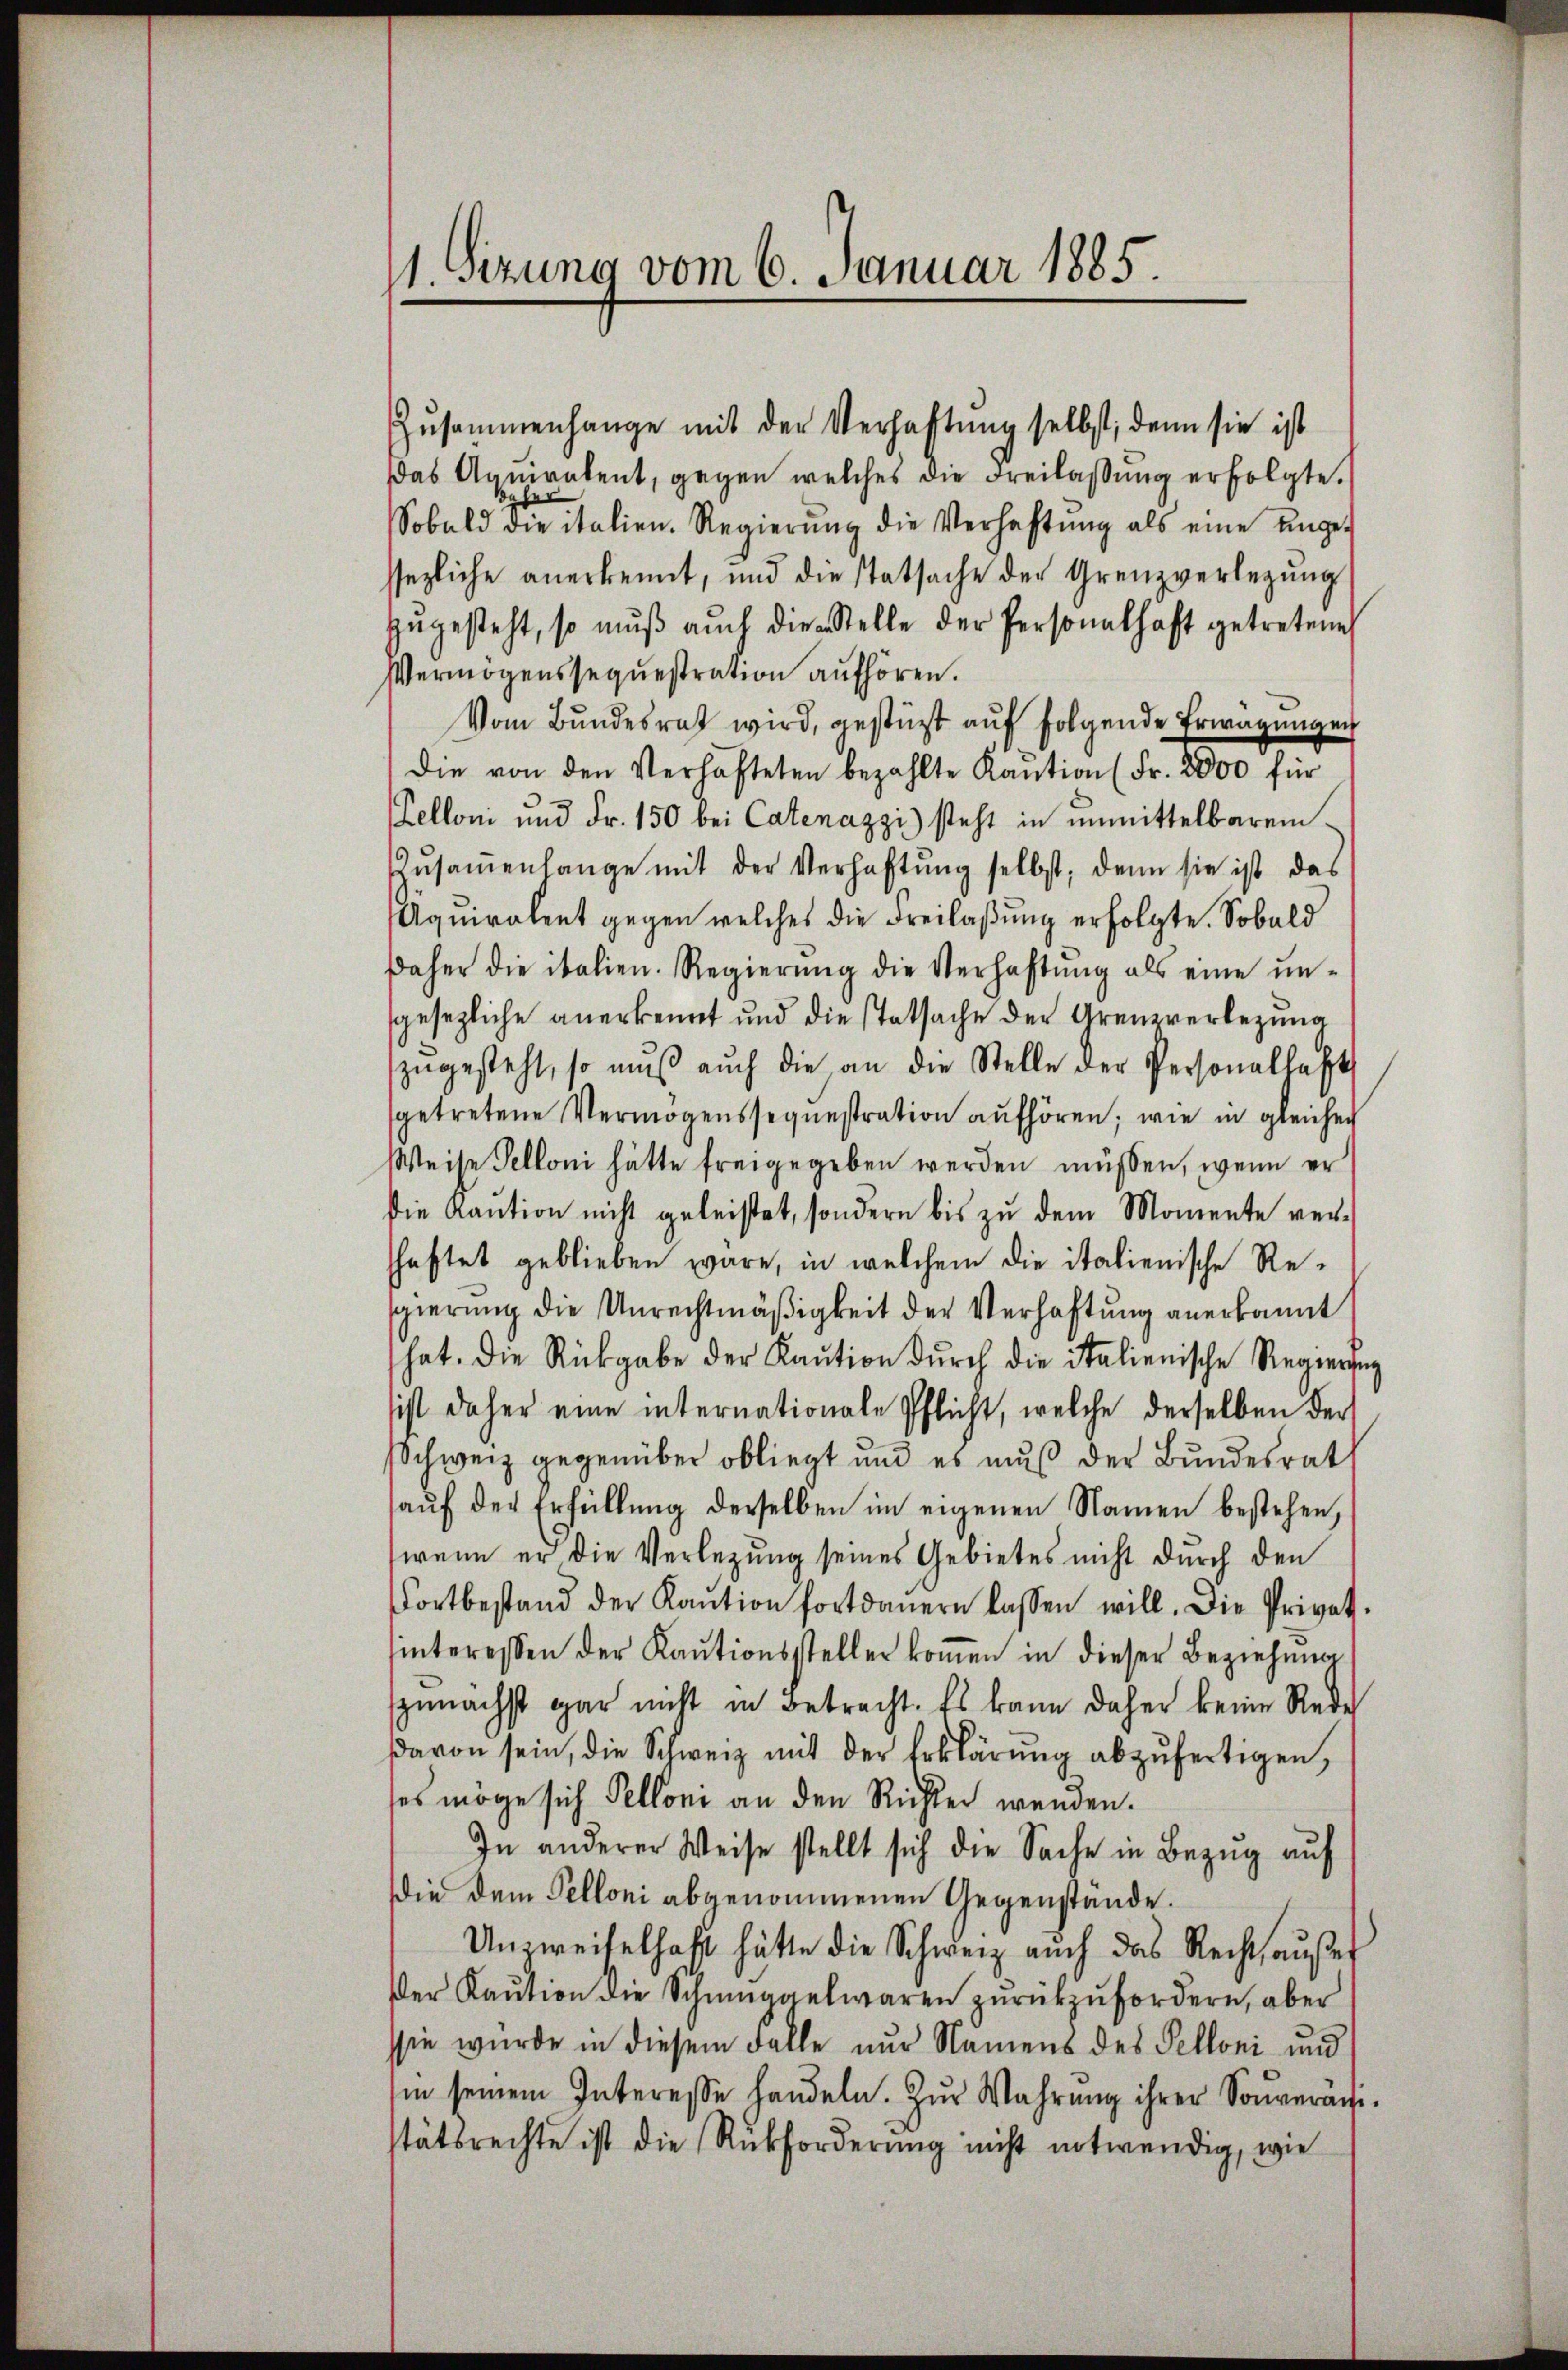
Zusammenhange mit der Verhaftung selbst, denn sie ist
Das Aqŭiratent, gegen welches die Freilassŭng erfolgte.
Sobald die italien. Regierŭng die Verhaftŭng als eine ange-
sezliche anerkennt, und die statsache der Grenzverlegŭng
zŭgesteht, so mŭβ aŭch die Stelle der Personalhaft getretenen
Vermögenssequestration aufhören.
Vom Bŭndesrat wird, gestützt aŭf folgende Erwägungen
Die von den Verhafteten bezahlte Kaution (Fr. 2000 für
Telloni und Fr. 150 bei Catenazzi) steht in unmittelbarem
Zŭsaṁenhange mit der Verhaftŭng selbst, denn sie ist das
Aquiralent gegen welches die Freilaßung erfolgte. Sobald
daher die italien. Regierŭng die Verhaftŭng als eine ŭn-
gesezliche anerkennt und die statsache der Grenzverlegung
zŭgesteht, so mŭβ aŭch die an die Stelle der Personallast
sgetretene Vermögenssequestration aufhören; wie in gleiche
Weise Telloni hätte freigegeben werden müssen, wenn er
die Kaŭtion nicht geleistet, sondern bis zŭ dem Momente ver-
shaftet geblieben wäre, in welchem die italienische Resgierŭng die Unrechtmäßigkeit der Verhaftung anerkannt
hat. Die Rückgabe der Kaŭtion dŭrch die italienische Regierung
sist daher eine internationale Pflicht, welche derselben der
Schweiz gegenüber obliegt und es muß der Bundesrat
aŭf der Erfüllung derselben im eigenen Namen bestehen,
wenn er die Verletzung seines Gebietes nicht durch den
ortbestand der Kaŭtion fortdauern lassen will. Die Privat-
hinteressen der Kautionssteller koṁen in dieser Beziehung
sunächst gar nicht in Betracht. Es kann daher keine Rede
davon sein, die Schweiz mit der Erklärŭng abzŭfertigen,
ses möge sich Pelloni an den Richter wenden.
In anderer Weise stellt sich die Sache in Bezug auf
die dem Pelloni abgenommenen Gegenstände.
Unzweifelhaft hätte die Schweiz auch das Recht aŭβer
Der Kaŭtion die Schmuggelwaren zŭrückzufordern, aber
sie wurde in diesem Falle nur Namens des Pelloni und
sin seinem Interesse handeln. Zŭr Wahrŭng ihrer Soŭveran-
stätsrechte ist die Rückforderung nicht entwendig, wie

11. Sizung vom 6. Januar 1885.